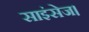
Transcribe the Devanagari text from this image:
साइंसेज।